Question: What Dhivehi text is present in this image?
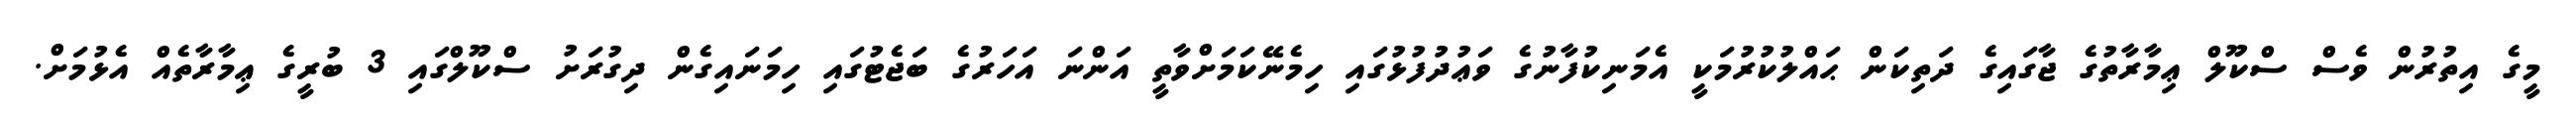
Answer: މީގެ އިތުރުން ވެސް ސްކޫލް ޢިމާރާތުގެ ޖާގައިގެ ދަތިކަން ޙައްލުކުރުމަކީ އެމަނިކުފާނުގެ ވަޢުދުފުޅުގައި ހިމެނޭކަމަށްވާތީ އަންނަ އަހަރުގެ ބަޖެޓުގައި ހިމަނައިގެން ދިގުރަށު ސްކޫލްގައި 3 ބުރީގެ ޢިމާރާތެއް އެޅުމަށް.